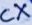
Text: CX